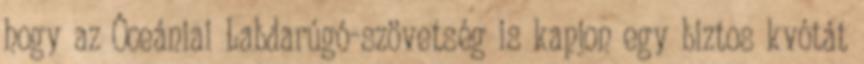
hogy az Óceániai Labdarúgó-szövetség is kapjon egy biztos kvótát